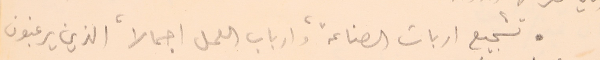
تشجيع اربات الصناعة، وارباب العمل اجمالاً الذين يرغبون